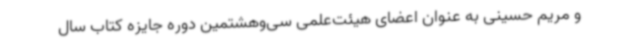
و مریم حسینی به عنوان اعضای هیئت‌علمی سی‌وهشتمین دوره جایزه کتاب سال